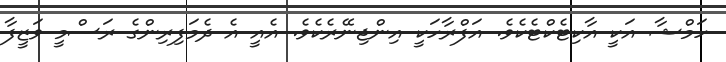
ހަމްޝާ އަކީ އާކިޓެކްޓެކެވެ. އަފްރާހަކީ އިންޖިނޭރެކެވެ. އެއީ އެ ދެމަފިރިންގެ ރަސްމީ ވަޒީފާ